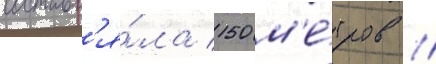
составл'я́ла 150 м'е́тров //